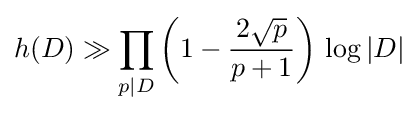
h(D)\gg \prod _{p\mid D}{\bigg (}1-{\frac {2{\sqrt {p}}}{p+1}}{\bigg )}\,\log |D|